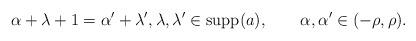
LaTeX: \begin{align*}\alpha+\lambda+1=\alpha'+\lambda',\lambda,\lambda'\in\mathrm{supp}(a),\qquad\alpha,\alpha'\in(-\rho,\rho).\end{align*}